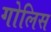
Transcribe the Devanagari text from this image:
गोलिस